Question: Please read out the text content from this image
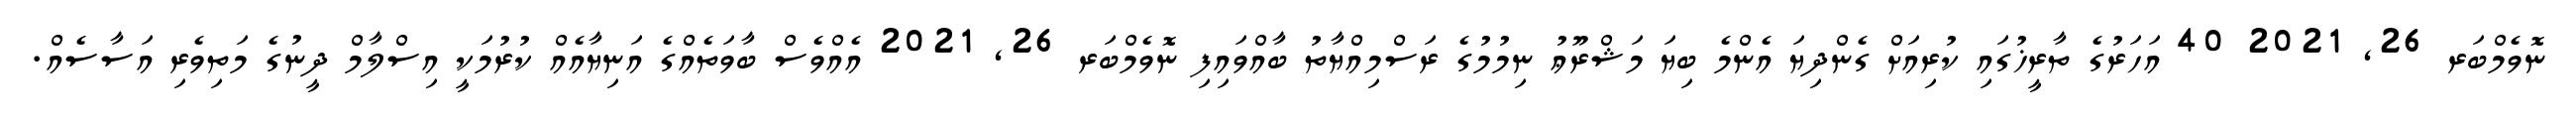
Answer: ނޮވެމްބަރ 26, 2021 40 އަހަރުގެ ތާރީޚުގައި ކުރިއަށް ގެންދިޔަ އެންމެ ބިޔަ މަޝްރޫޢު ނިމުމުގެ ރަސްމިއްޔާތު ބާއްވައިފި ނޮވެމްބަރ 26, 2021 އެއްވެސް ބާވަތެއްގެ އަނިޔާއެއް ކުރުމަކީ އިސްލާމް ދީނުގެ މަތިވެރި އަސާސެއް.